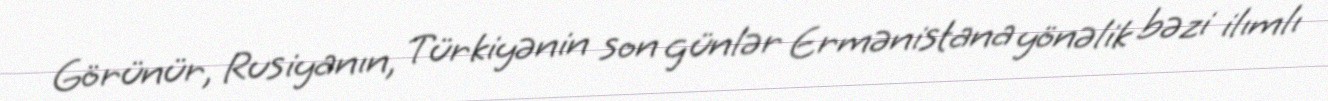
Görünür, Rusiyanın, Türkiyənin son günlər Ermənistana yönəlik bəzi ilımlı